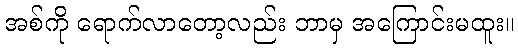
အစ်ကို ရောက်လာတော့လည်း ဘာမှ အကြောင်းမထူး။